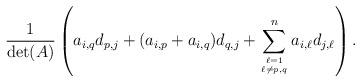
LaTeX: \begin{align*}\frac{1}{\det(A)}\left(a_{i,q}d_{p,j} + (a_{i,p} + a_{i,q})d_{q,j} + \sum_{\ell = 1 \atop \ell \ne p,q}^na_{i,\ell}d_{j,\ell}\right).\end{align*}